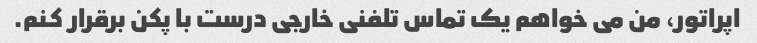
اپراتور، من می خواهم یک تماس تلفنی خارجی درست با پکن برقرار کنم.